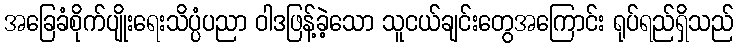
အခြေခံစိုက်ပျိုးရေးသိပ္ပံပညာ ဝါဒဖြန့်ခဲ့သော သူငယ်ချင်းတွေအကြောင်း ရုပ်ရည်ရှိသည်